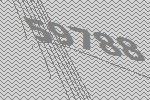
59788